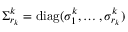
\Sigma _ { r _ { k } } ^ { k } = \mathrm { d i a g } { ( \sigma _ { 1 } ^ { k } , \dots , \sigma _ { r _ { k } } ^ { k } ) }